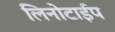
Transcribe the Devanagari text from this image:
लिनोटाईप